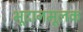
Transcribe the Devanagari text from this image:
भूदानमूलक